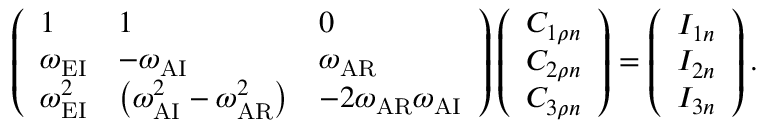
\left( \begin{array} { l l l } { 1 } & { 1 } & { 0 } \\ { \omega _ { \mathrm { E I } } } & { - \omega _ { \mathrm { A I } } } & { \omega _ { \mathrm { A R } } } \\ { \omega _ { \mathrm { E I } } ^ { 2 } } & { \left( \omega _ { \mathrm { A I } } ^ { 2 } - \omega _ { \mathrm { A R } } ^ { 2 } \right) } & { - 2 \omega _ { \mathrm { A R } } \omega _ { \mathrm { A I } } } \end{array} \right) \left( \begin{array} { l } { C _ { 1 \rho n } } \\ { C _ { 2 \rho n } } \\ { C _ { 3 \rho n } } \end{array} \right) = \left( \begin{array} { l } { I _ { 1 n } } \\ { I _ { 2 n } } \\ { I _ { 3 n } } \end{array} \right) .